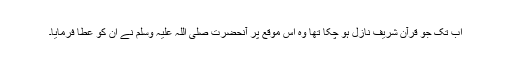
اب تک جو قرآن شریف نازل ہو چکا تھا وہ اس موقع پر آنحضرت صلی اللہ علیہ وسلم نے ان کو عطا فرمایا۔